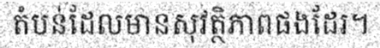
តំបន់ដែលមានសុវត្ថិភាពផងដែរ។